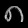
Digit: ၈